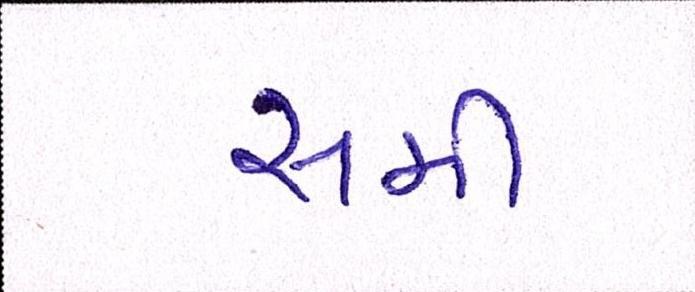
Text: સમી